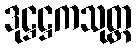
ဒုဋ္ဌဋ္ဌကသုတ္တ